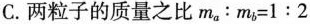
C.两粒子的质量之比$$m_{a}:m_{b}=1:2$$